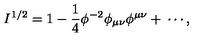
I ^ { 1 / 2 } = 1 - \frac { 1 } { 4 } \phi ^ { - 2 } \phi _ { \mu \nu } \phi ^ { \mu \nu } + \: \cdots ,